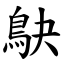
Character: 鴃